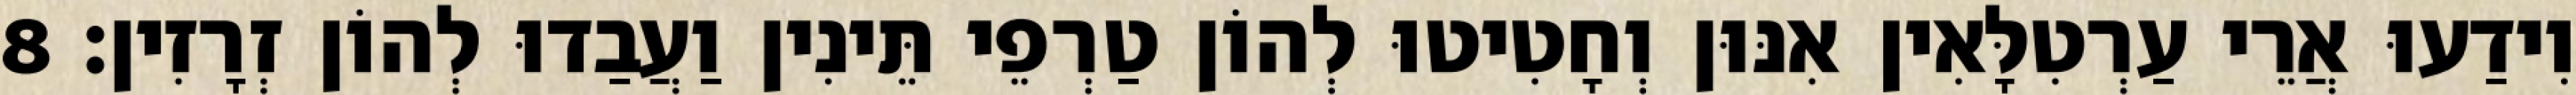
וִידַעוּ אֲרֵי עַרְטִלָּאִין אִנּוּן וְחָטִיטוּ לְהוֹן טַרְפֵי תֵּינִין וַעֲבַדוּ לְהוֹן זְרָזִין׃ 8